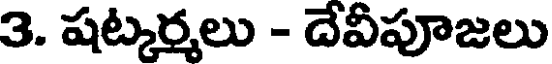
3. షట్కర్మలు - దేవీపూజలు